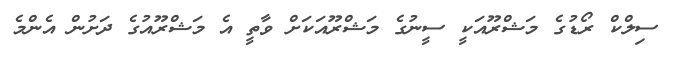
ސިލްކް ރޯޑުގެ މަޝްރޫއަކީ ސީނުގެ މަޝްރޫއަކަށް ވާތީ އެ މަޝްރޫއުގެ ދަށުން އެންމެ